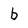
Character: b